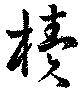
櫝